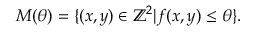
M ( \theta ) = \{ ( x , y ) \in \mathbb { Z } ^ { 2 } | f ( x , y ) \le \theta \} .